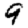
Digit: 9